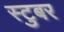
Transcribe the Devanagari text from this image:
स्टुबर